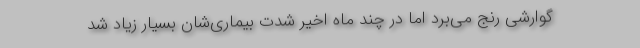
گوارشی رنج می‌برد اما در چند ماه اخیر شدت بیماری‌شان بسیار زیاد شد